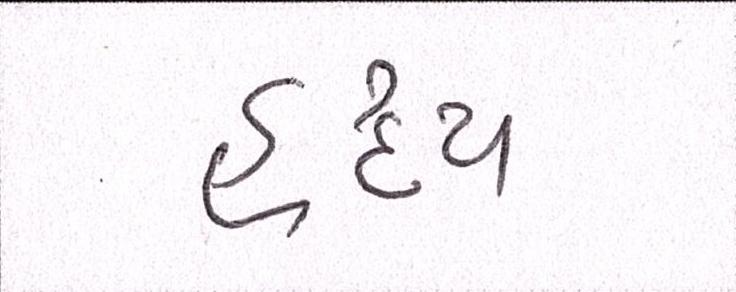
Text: હૃદય